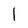
Character: l